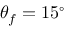
\theta _ { f } = 1 5 ^ { \circ }